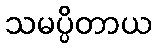
သမပ္ပိတာယ